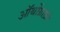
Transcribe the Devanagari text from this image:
ऑर्थोग्राफ़ी